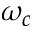
\omega _ { c }